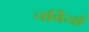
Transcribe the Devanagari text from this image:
चर्बियों